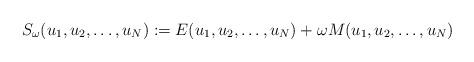
LaTeX: \begin{align*}S_\omega (u_1,u_2,\dots , u_N) := E(u_1,u_2,\dots , u_N) + \omega M(u_1,u_2,\dots , u_N)\end{align*}